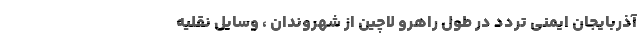
آذربایجان ایمنی تردد در طول راهرو لاچین از شهروندان ، وسایل نقلیه